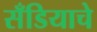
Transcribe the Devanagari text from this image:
सँडियाचे